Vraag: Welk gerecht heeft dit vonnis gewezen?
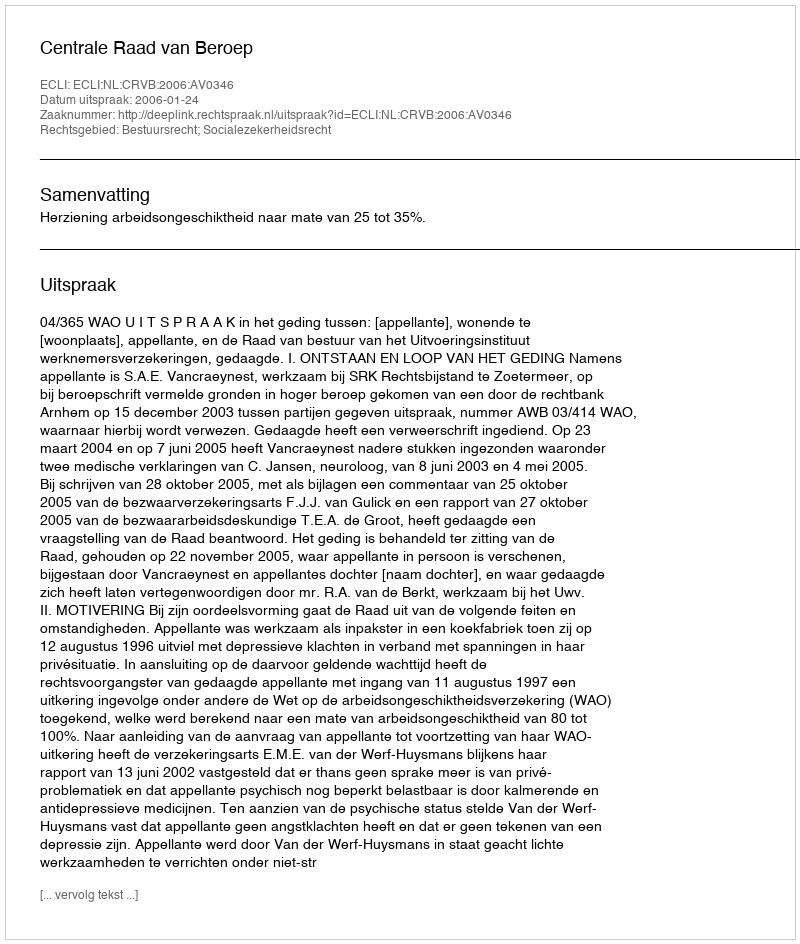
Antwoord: Centrale Raad van Beroep